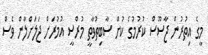
މީގެ އިތުރުން ޖާސޫސް ކުރުމުގެ ކުށް ސާބިތުވާތީ މުރްސީ އުމުރަށް ޖަލަށްލާން ވެސް